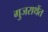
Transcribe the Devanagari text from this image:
गुजराथेंत